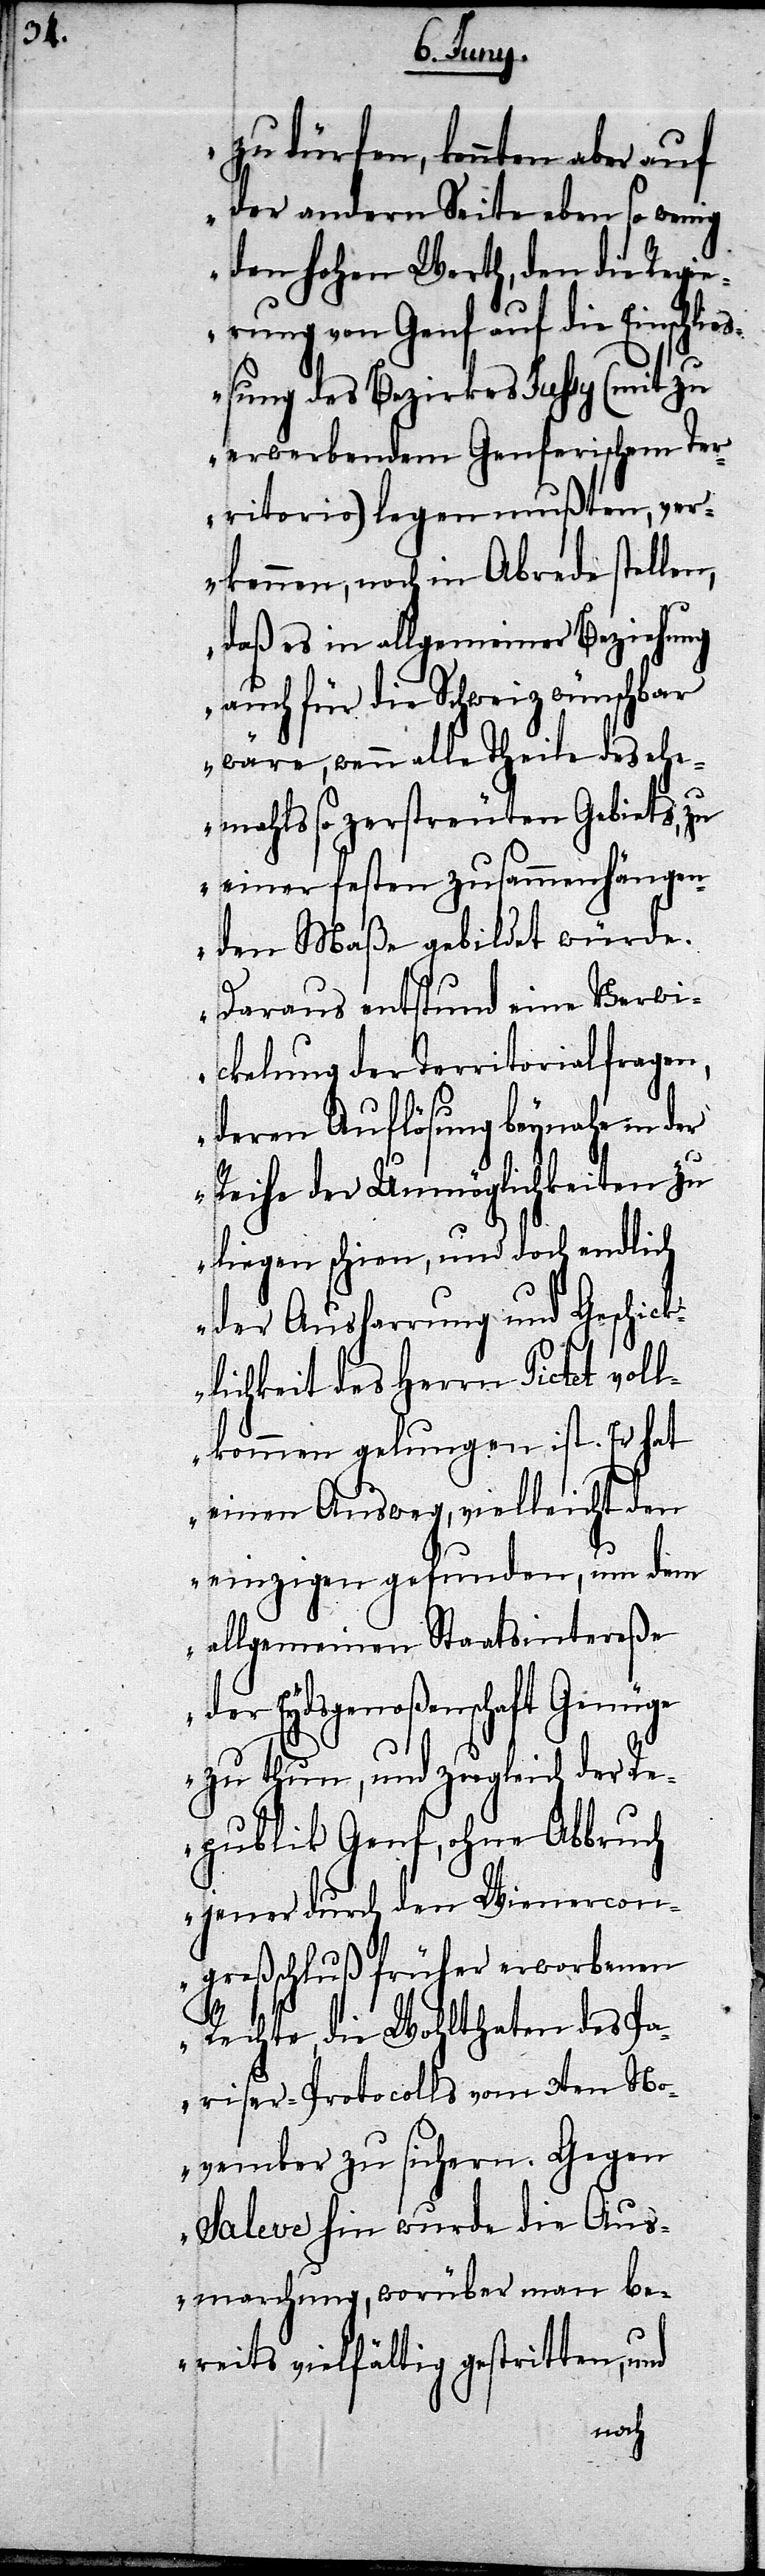
zu dürfen, konnten aber auf
der andern Seite eben so wenig
den Hohen Werth, den die Regie¬
rung von Genf auf die Einschl¬
eßung des Bezirkes Jussy (mit zu
erwerbendem Genferischem Ter¬
ritorio) legen mußten, ver¬
kennen, noch in Abrede stellen,
daß es in allgemeiner Beziehung
auch für die Schweiz wünschbar
wäre, wenn alle Theile des ehe¬
mahls so zerstreuten Gebiets, zu
einer festen zusammenhängen¬
den Maße gebildet würde.
Daraus entstund eine Verwi¬
ckelung der Territorialfragen,
deren Auflösung beynahe in der
Reihe der Unmöglichkeiten zu
liegen schien, und doch endlich
der Ausharrung und Geschick¬
lichkeit des Herrn Pictet voll¬
kommen gelungen ist. Er hat
einen Ausweg, vielleicht den
einzigen gefunden, um dem
allgemeinen Staatsintereße
der Eydsgenoßenschaft Genüge
zu thun, und zugleich der Re¬
publik Genf, ohne Abbruch
jener durch den Wienercon¬
greßschluß früher erworbenen
i¬
Rechte, die Wohlthaten des Pa¬
riser-Procotolls vom 3ten No¬
vember zu sichern. Gegen
Saleve hin wurde die Aus¬
marchung, worüber man be¬
reits vielfältig gestritten, und